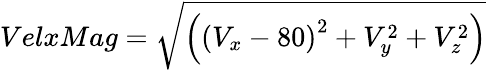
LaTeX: VelxMag=\sqrt{\left(\left(V_{x}-80\right)^{2}+V_{y}^{2}+V_{z}^{2}\right)}